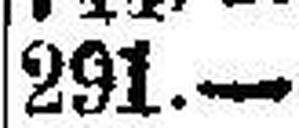
291.—